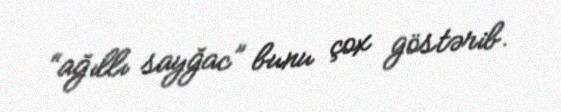
“ağıllı sayğac” bunu çox göstərib.